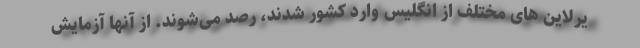
یرلاین های مختلف از انگلیس وارد کشور شدند، رصد می‌شوند. از آنها آزمایش